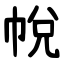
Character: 帨